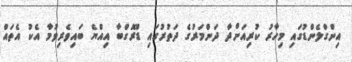
އިންގްލެންޑުގައި މިހާރު ކުރިއަށްދާ ދަންމަރުގެ ދަތުރުގައި ޑްރޮގްބާ އިއްޔެ ބައިވެރިވުމާ އެކު އެތައް